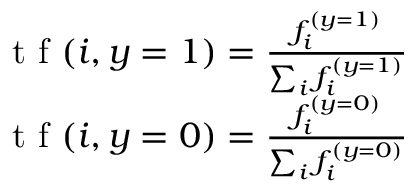
\begin{array} { r } { \textrm { t f } ( i , y = 1 ) = \frac { f _ { i } ^ { ( y = 1 ) } } { \sum _ { i } f _ { i } ^ { ( y = 1 ) } } } \\ { \textrm { t f } ( i , y = 0 ) = \frac { f _ { i } ^ { ( y = 0 ) } } { \sum _ { i } f _ { i } ^ { ( y = 0 ) } } } \end{array}